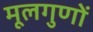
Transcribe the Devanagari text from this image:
मूलगुणों